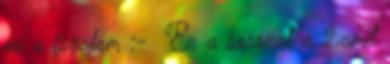
ez a fogalom :- Ez a sorozat a 2.amit